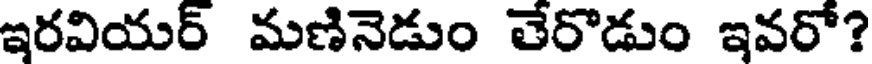
ఇరవియర్ మణినెడుం తేరొడుం ఇవరో?